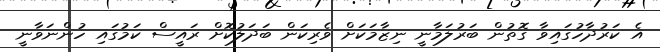
އެ ކަރުދާހުގައިވާ ގޮތުން ބަރުލަމާނީ ނިޒާމަކަށް ވެރިކަން ބަދަލުކޮށް ރައީސް ކަމުގައި ހުންނަވާނީ